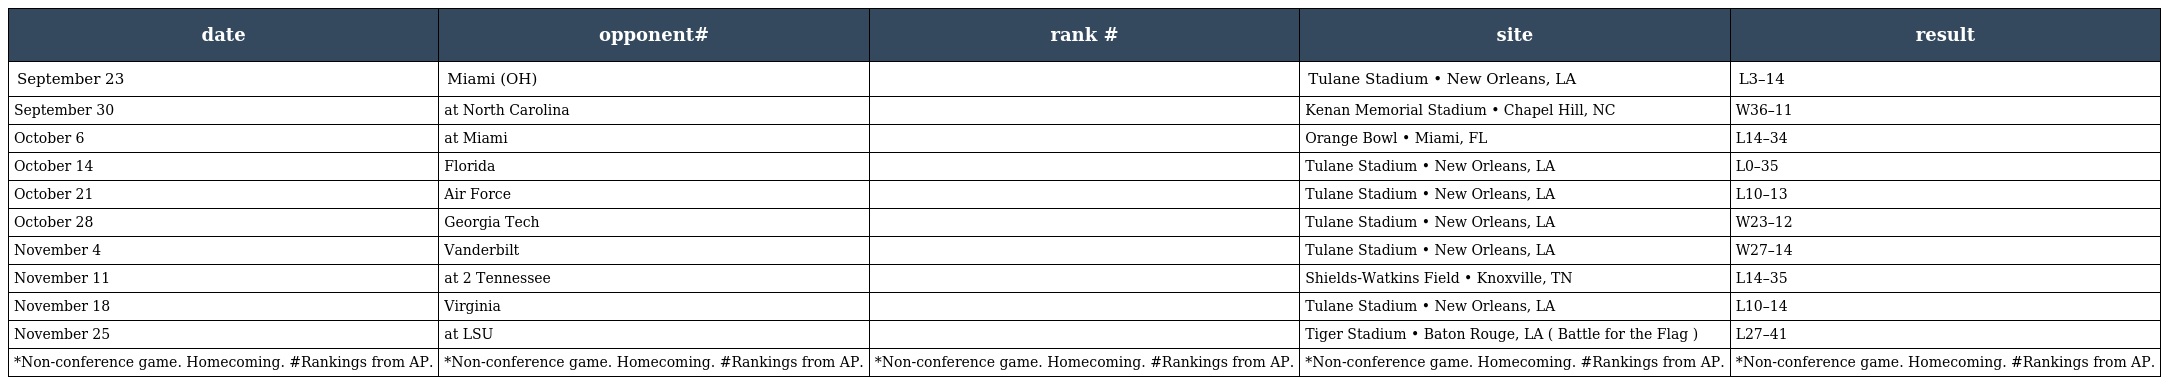
| date | opponent# | rank # | site | result |
 | --- | --- | --- | --- | --- |
 | September 23 | Miami (OH) |  | Tulane Stadium • New Orleans, LA | L3–14 |
 | September 30 | at North Carolina |  | Kenan Memorial Stadium • Chapel Hill, NC | W36–11 |
 | October 6 | at Miami |  | Orange Bowl • Miami, FL | L14–34 |
 | October 14 | Florida |  | Tulane Stadium • New Orleans, LA | L0–35 |
 | October 21 | Air Force |  | Tulane Stadium • New Orleans, LA | L10–13 |
 | October 28 | Georgia Tech |  | Tulane Stadium • New Orleans, LA | W23–12 |
 | November 4 | Vanderbilt |  | Tulane Stadium • New Orleans, LA | W27–14 |
 | November 11 | at 2 Tennessee |  | Shields-Watkins Field • Knoxville, TN | L14–35 |
 | November 18 | Virginia |  | Tulane Stadium • New Orleans, LA | L10–14 |
 | November 25 | at LSU |  | Tiger Stadium • Baton Rouge, LA ( Battle for the Flag ) | L27–41 |
 | *Non-conference game. Homecoming. #Rankings from AP. | *Non-conference game. Homecoming. #Rankings from AP. | *Non-conference game. Homecoming. #Rankings from AP. | *Non-conference game. Homecoming. #Rankings from AP. | *Non-conference game. Homecoming. #Rankings from AP. |